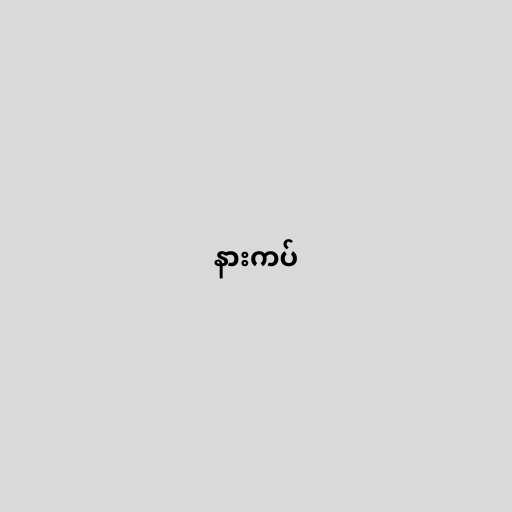
နားကပ်